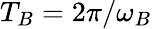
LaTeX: T_{B}=2\pi/\omega_{B}